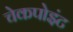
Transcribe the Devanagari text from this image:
चेकपोइंट